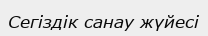
Сегiздiк санау жүйесi